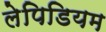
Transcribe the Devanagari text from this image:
लेपिडियम